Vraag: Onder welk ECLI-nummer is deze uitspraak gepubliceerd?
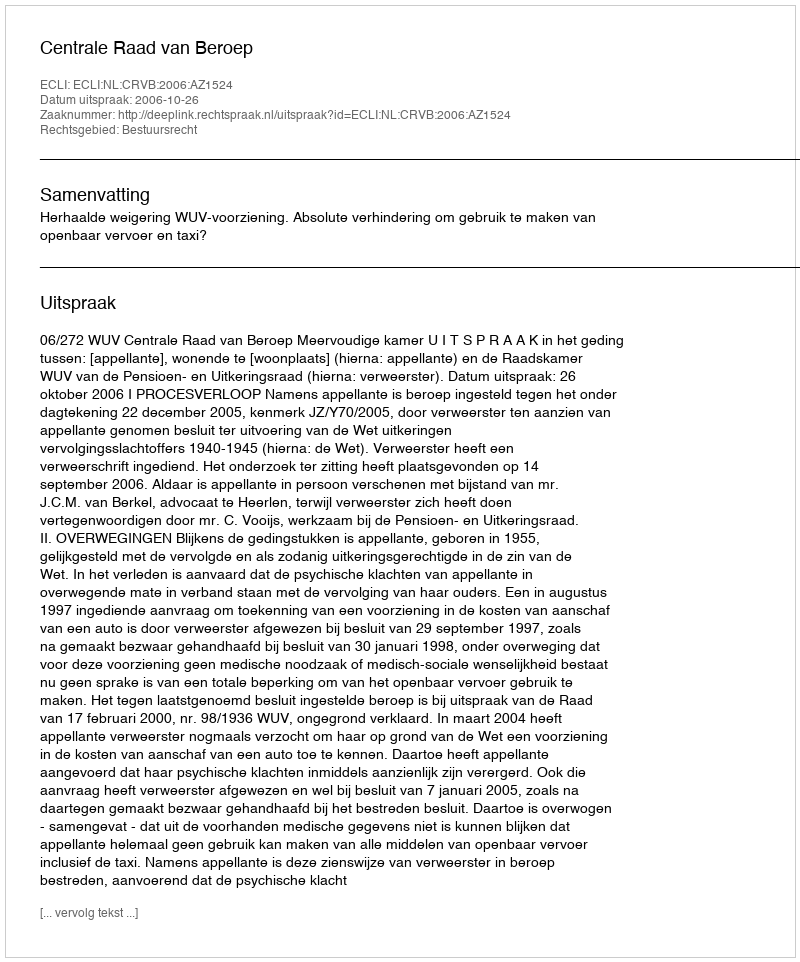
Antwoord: ECLI:NL:CRVB:2006:AZ1524